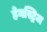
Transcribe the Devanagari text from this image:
हेनस्ट्रिज